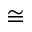
\cong